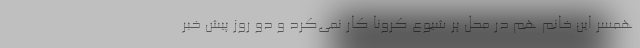
همسر این خانم هم در محل پر شیوع کرونا کار نمی‌کرد و دو روز پیش خبر